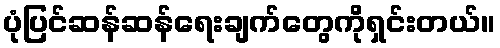
ပုံပြင်ဆန်ဆန်ရေးချက်တွေကိုရှင်းတယ်။